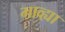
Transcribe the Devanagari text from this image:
माव्ह्या